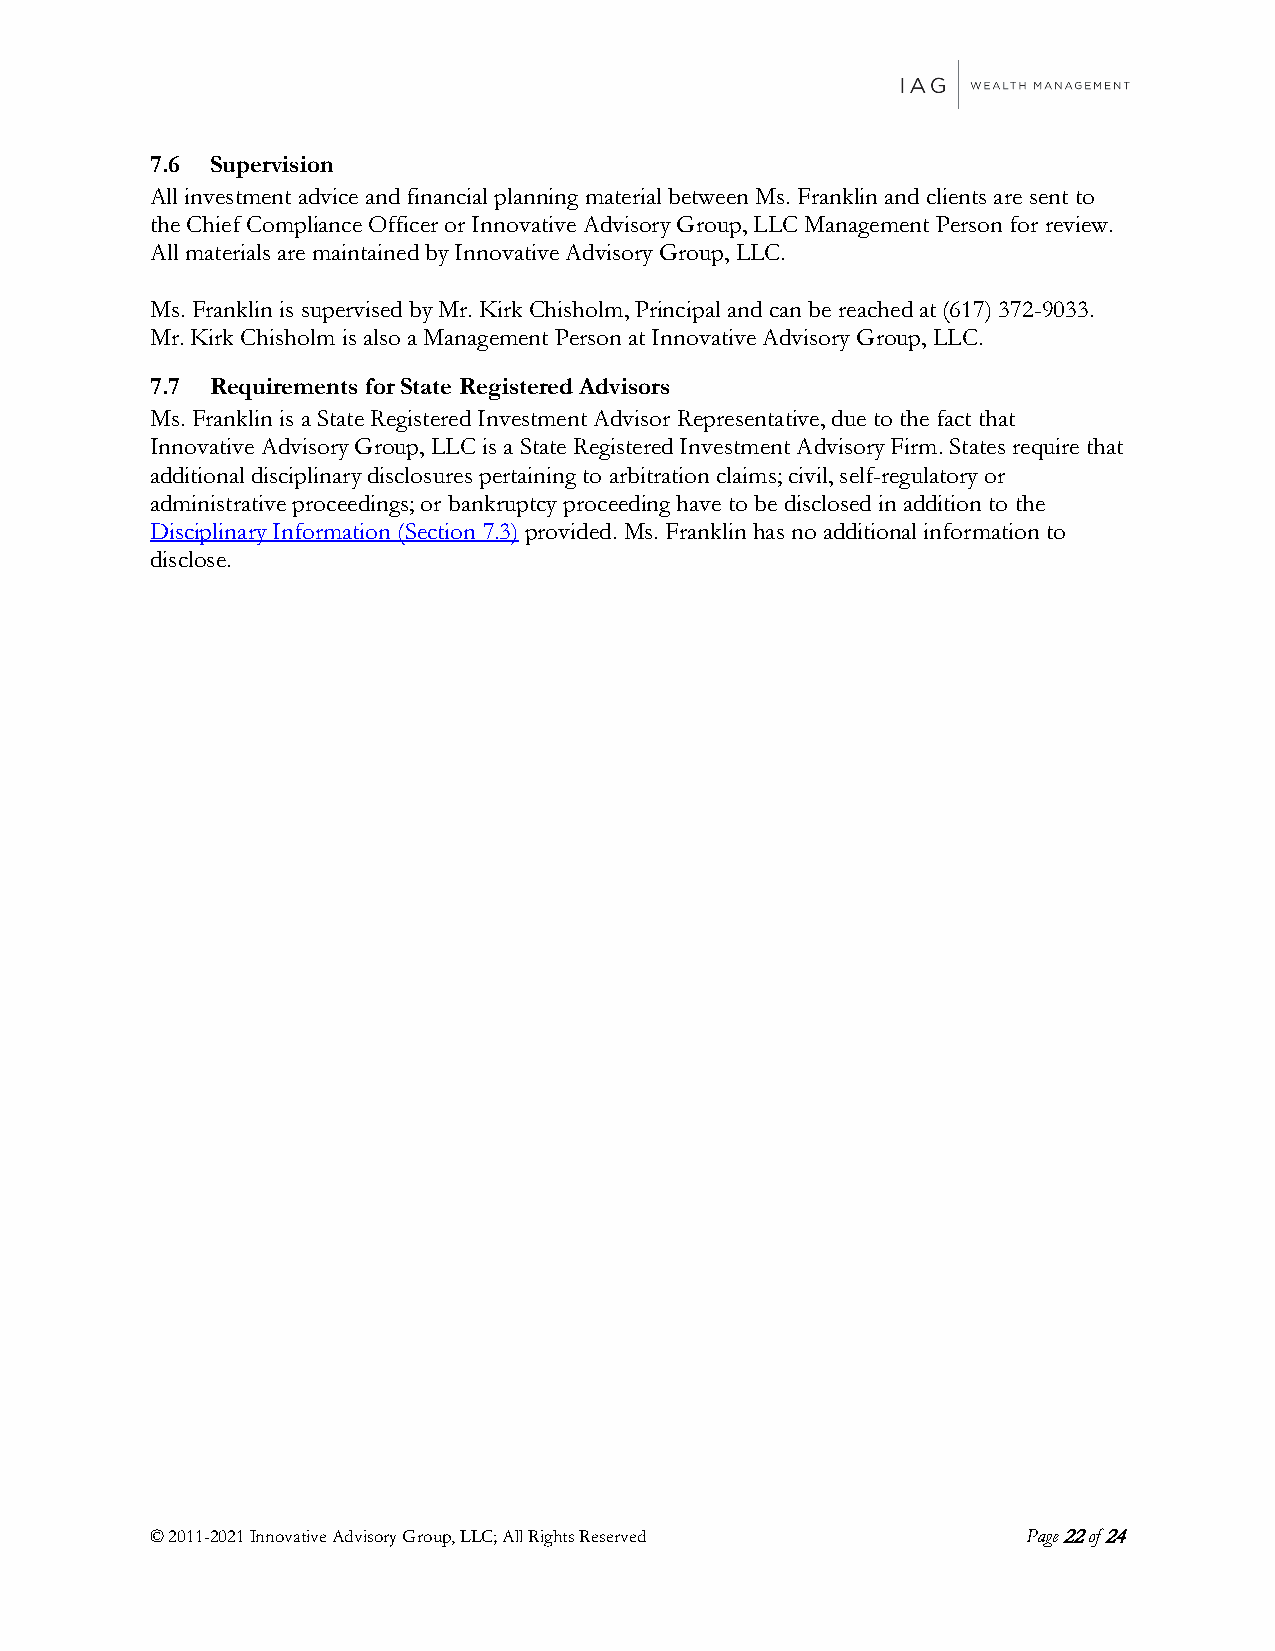
7.6 Supervision
 All investment advice and financial planning material between Ms. Franklin and clients are sent to
 the Chief Compliance Officer or Innovative Advisory Group, LLC Management Person for review.
 All materials are maintained by Innovative Advisory Group, LLC.
 Ms. Franklin is supervised by Mr. Kirk Chisholm, Principal and can be reached at (617) 372-9033.
 Mr. Kirk Chisholm is also a Management Person at Innovative Advisory Group, LLC.
 7.7 Requirements for State Registered Advisors
 Ms. Franklin is a State Registered Investment Advisor Representative, due to the fact that
 Innovative Advisory Group, LLC is a State Registered Investment Advisory Firm. States require that
 additional disciplinary disclosures pertaining to arbitration claims; civil, self-regulatory or
 administrative proceedings; or bankruptcy proceeding have to be disclosed in addition to the
 Disciplinary Information (Section 7.3) provided. Ms. Franklin has no additional information to
 disclose.
 © 2011-2021 Innovative Advisory Group, LLC; All Rights Reserved Page 22 of 24